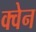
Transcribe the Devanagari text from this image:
क्वेन